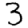
Digit: 3